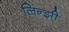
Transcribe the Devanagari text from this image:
लिन्झी